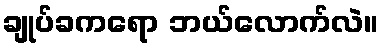
ချုပ်ခကရော ဘယ်လောက်လဲ။